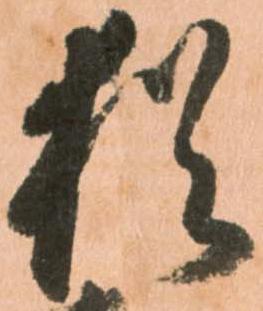
猶